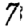
Digit: 7